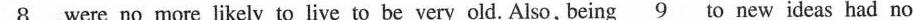
\underline{8},were no more likely to live to be very old. Also, being \underline{9} to new ideas had no